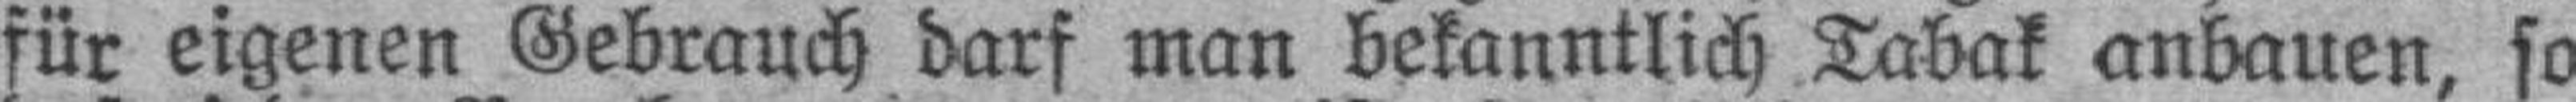
für eigenen Gebrauch darf man bekanntlich Tabak anbauen, so